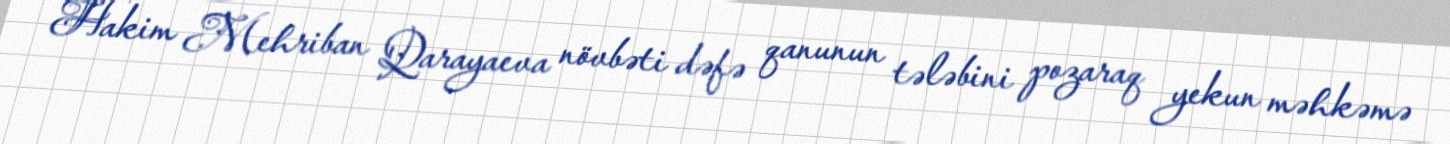
Hakim Mehriban Qarayaeva növbəti dəfə qanunun tələbini pozaraq yekun məhkəmə